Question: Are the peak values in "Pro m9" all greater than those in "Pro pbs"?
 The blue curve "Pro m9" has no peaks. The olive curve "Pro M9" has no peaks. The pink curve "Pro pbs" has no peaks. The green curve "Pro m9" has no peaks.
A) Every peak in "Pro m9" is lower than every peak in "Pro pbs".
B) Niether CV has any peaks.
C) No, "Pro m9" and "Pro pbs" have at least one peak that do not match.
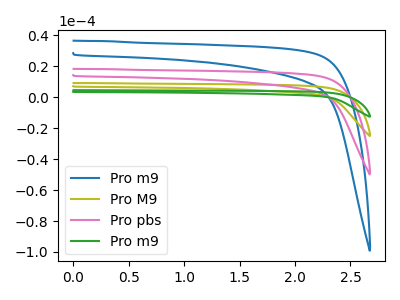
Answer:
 <answer>B) Niether CV has any peaks.</answer>
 <eval>B</eval>